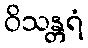
ဝိသန္တရံ